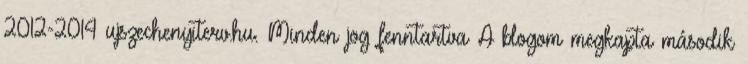
2012-2014 ujszechenyiterv.hu. Minden jog fenntartva A blogom megkapta második